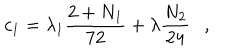
c _ { 1 } = \lambda _ { 1 } \frac { 2 + N _ { 1 } } { 7 2 } + \lambda \frac { N _ { 2 } } { 2 4 } ,